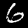
Label: 6